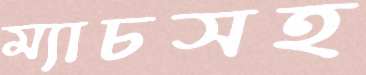
ম্যাচসহ